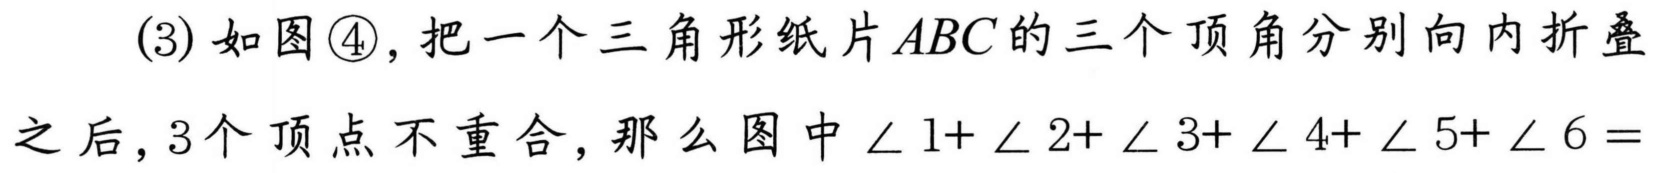
(3) 如图\textcircled{4}, 把一个三角形纸片 \(ABC\) 的三个顶角分别向内折叠
之后, 3个顶点不重合, 那么图中 \(\angle 1+\angle 2+\angle 3+\angle 4+\angle 5+\angle 6 =\)